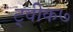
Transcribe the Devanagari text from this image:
ट्वीक७